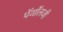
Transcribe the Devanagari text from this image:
पॅथॉलजी